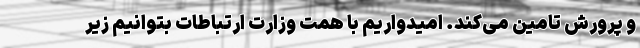
و پرورش تامین می‌کند. امیدواریم با همت وزارت ارتباطات بتوانیم زیر